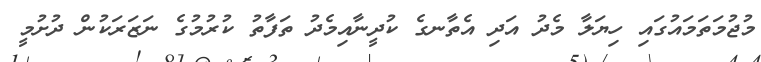
މުޖުމަތަމައުގައި ހިޔަލާ މެދު އަދި އެތާނގެ ކުދީނާއިމެދު ތަފާތު ކުރުމުގެ ނަޒަރަކުން ދުށުމީ